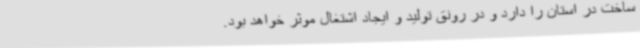
ساخت در استان را دارد و در رونق تولید و ایجاد اشتغال موثر خواهد بود.